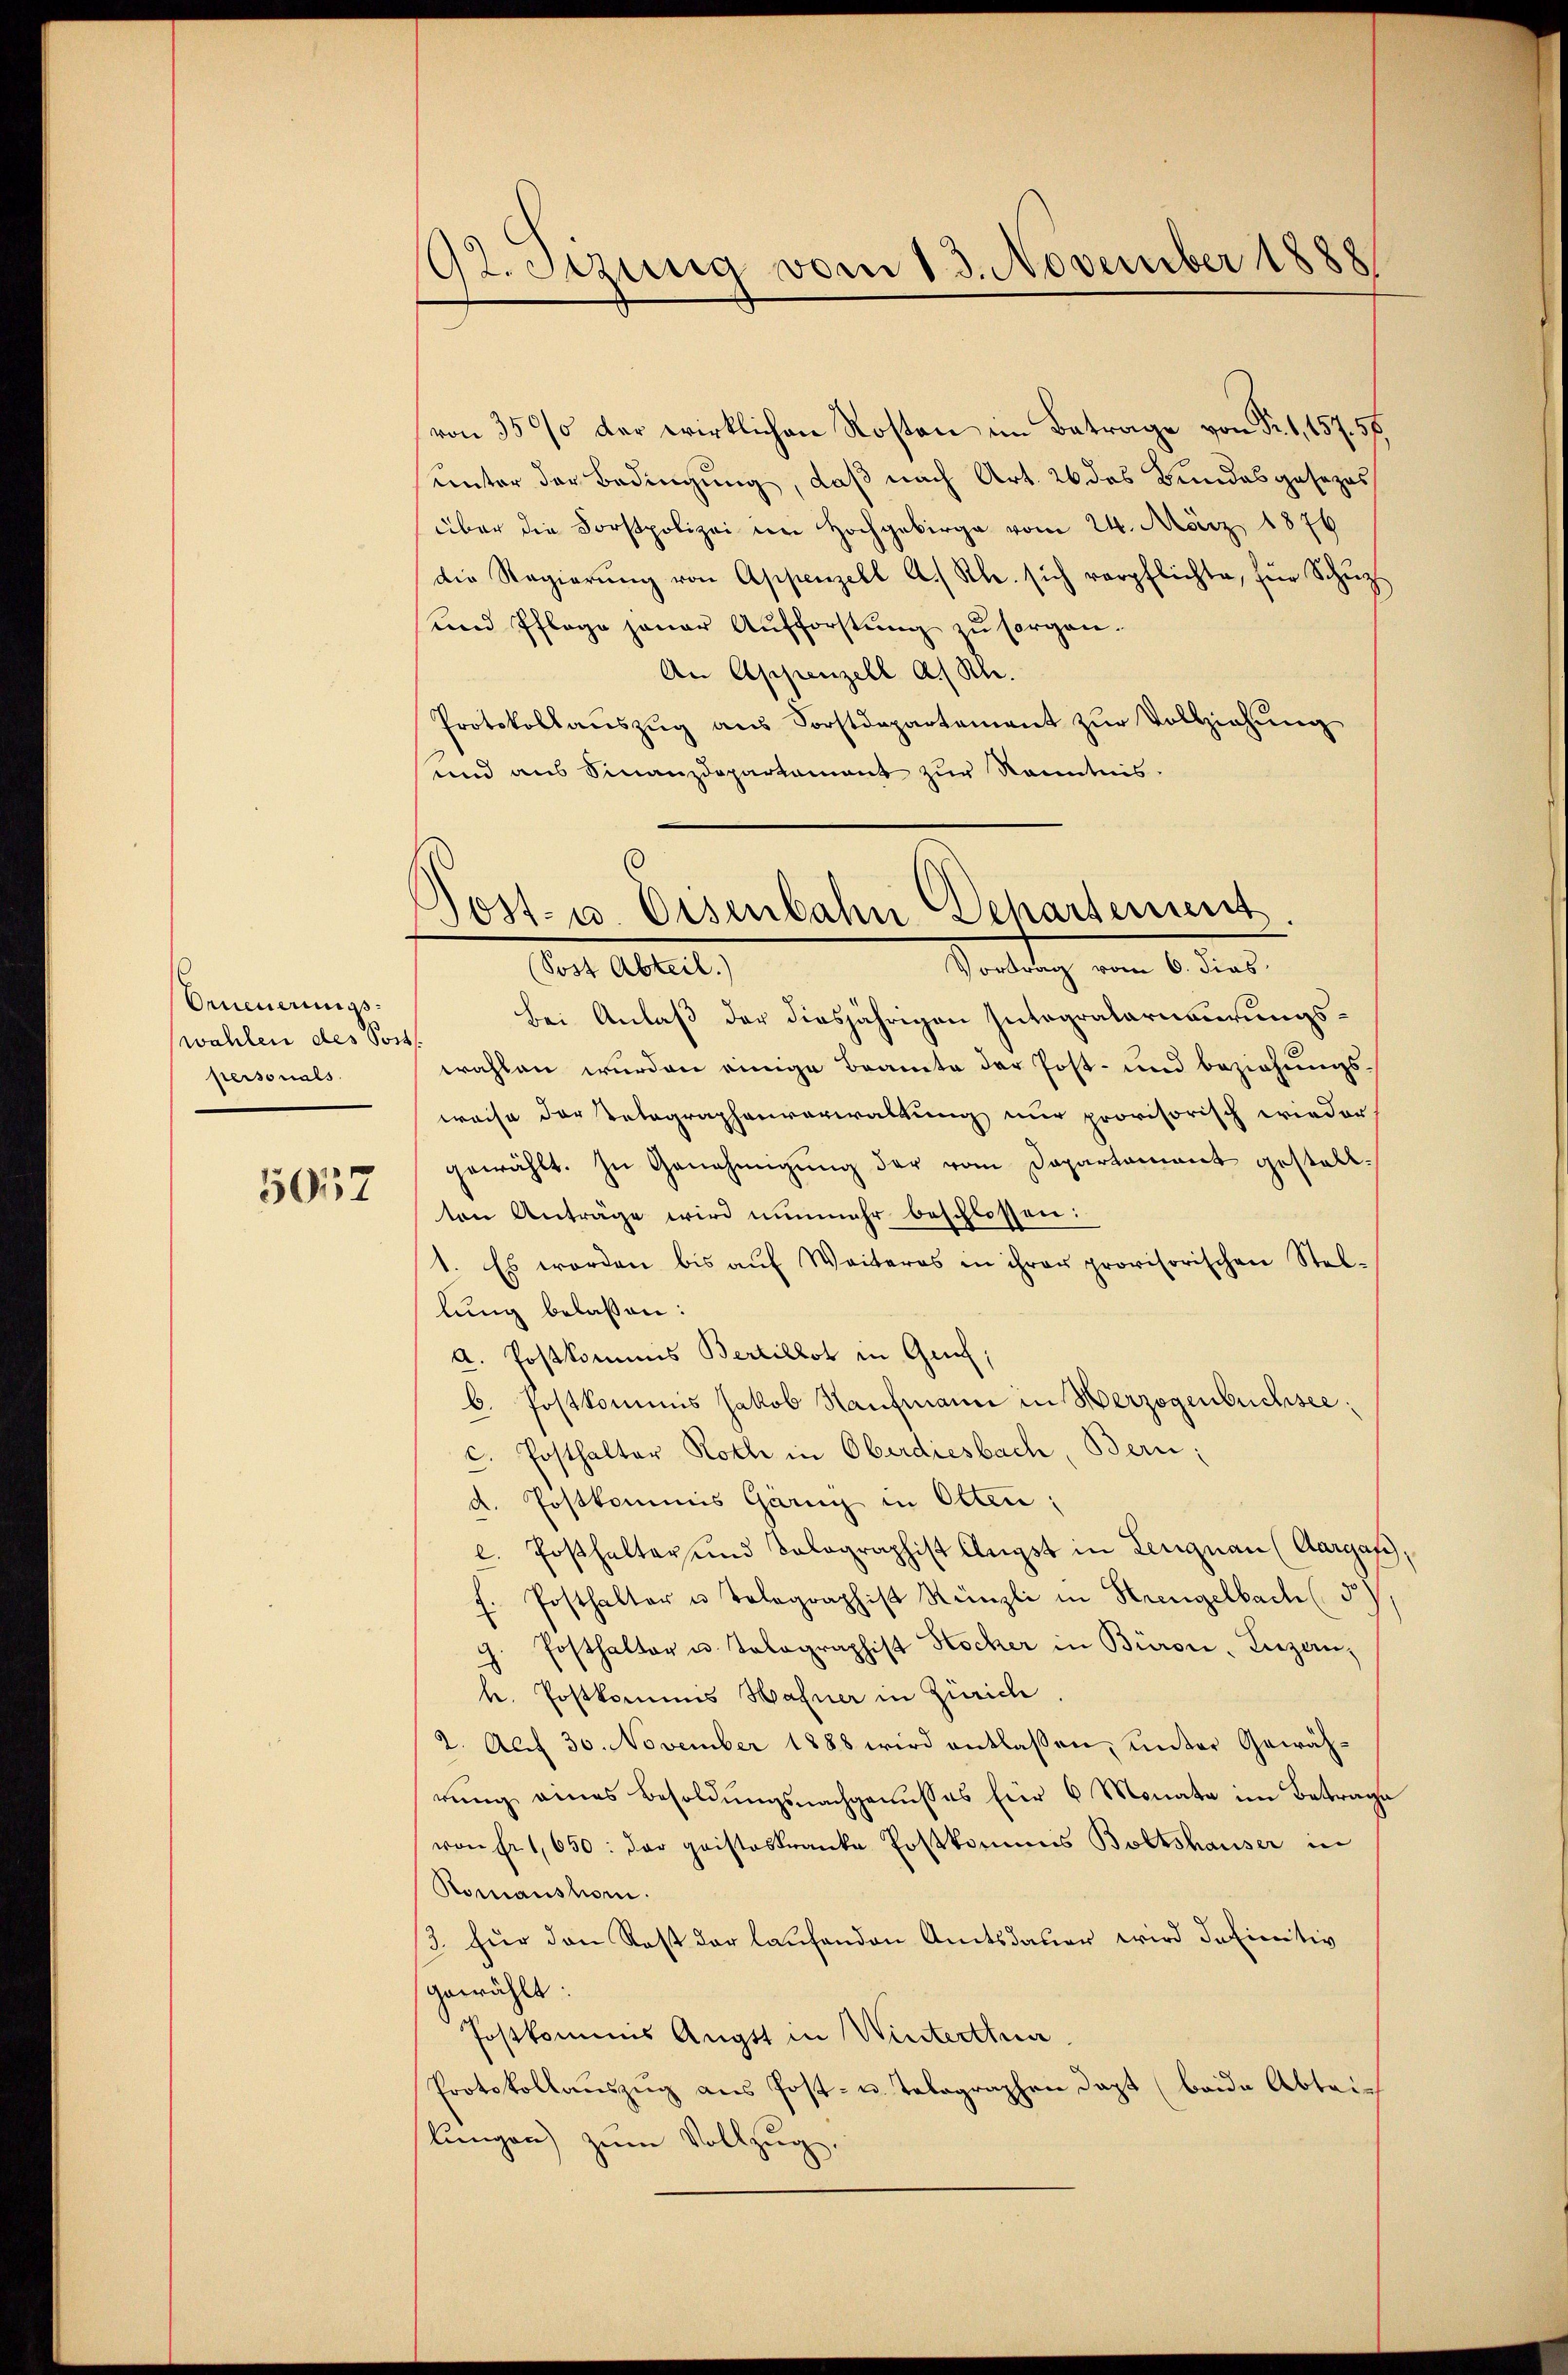
Orneuerungs¬
(wahlen des Post
personals

5057

92. Sitzung vom 13. November 1888

von 350% der wirklichen Kosten im Betrage von Fr. 1, 157. 55
unter der Bedingung, daß nach Art. 26 des Bundesgesezes
über die Forstpolizei im Hochgebirge vom 24. März 1876
die Regierŭng von Appenzell A. Rh. sich verpflichte, für Schutz
und Pflage jener Aufforstung zu sorgen.
An Appenzell A. Sch.
Protokollauszug aus Sorstdepartement zur Vollziehung
und aus Finanzdepartament zur Kenntnis.

Post- u. Eisenbahn Departement

Vortrag vom 6. dies
(Post Abteil.)
Bei Anlaß der diesjährigen Integralarisierungswahlen wurden einige Braute der Post- und beziehungsweise der Relegraphenverwaltung nur provisorisch wieder
gewählt. Zu Genehmigung der vom Departament gestellten Anträge wird nunmehr beschlossen:
1. Es worden bis aŭf Weiteres in ihrer provisorischen Stel-
lung belassen:
a. Postkommis Bertillst in Genf,
b. Postkommis Jakob Kaufmann in Herzogenbuchseec. Posthalter Roth in Oberdiesbach, Bern;
d. Postkommis Garny in Otten;
l. Posthalter und Solographist Augst in Lengnau (Aargau,
f. Posthalter u. Telegraphist Künzli in Krengelbach (5)
g. Posthalter u. Tobographist Stocker in Büron, Luzern,
h. Postkommis Hafner in Zürich
2. Auf 30. November 1888 wird entlassen, unter Gewährŭng eines Besoldŭngsnachgenŭsses für 6 Monate im Betrage
von Er 1,650: der geisteskranke Postkommis Boltshauser in
Romansho
3. für den Rast der laufenden Amtsdauer wird definitiv
gewählt:
Postkommes Augst in Winterthun
Protokollauszug aus Post- u. Telegraphen dazt (beide Abteilungen) zum Vollzug.